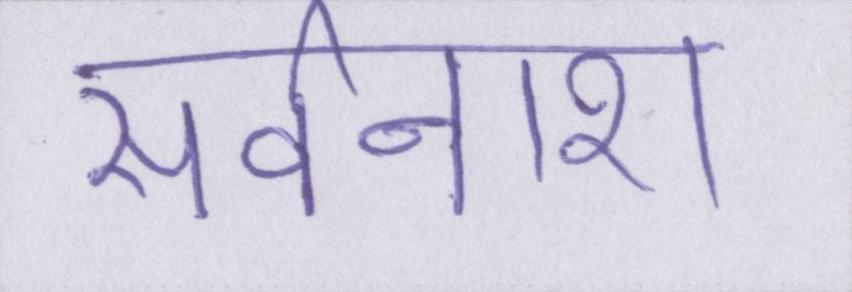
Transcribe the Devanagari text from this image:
सर्वनाश